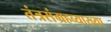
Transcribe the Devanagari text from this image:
तंत्रसंग्रहव्याख्या